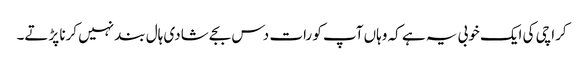
کراچی کی ایک خوبی یہ ہے کہ وہاں آپ کو رات دس بجے شادی ہال بند نہیں کرنا پڑتے۔